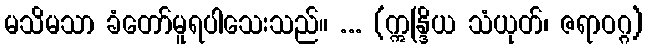
မသိမသာ ခံတော်မူရပါသေးသည်။ ... (ဣန္ဒြိယ သံယုတ်၊ ဇရာဝဂ္ဂ)